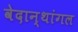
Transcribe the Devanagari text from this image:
वेदान्थांगल